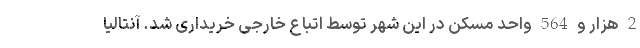
2 هزار و 564 واحد مسکن در این شهر توسط اتباع خارجی خریداری شد. آنتالیا